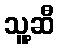
သူ့ဆီ